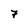
Character: 7